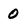
Character: O